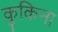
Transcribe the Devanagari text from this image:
कुकिना